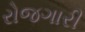
રોજગારી